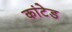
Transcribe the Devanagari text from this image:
कांटेड